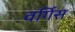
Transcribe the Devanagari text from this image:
वर्गिस